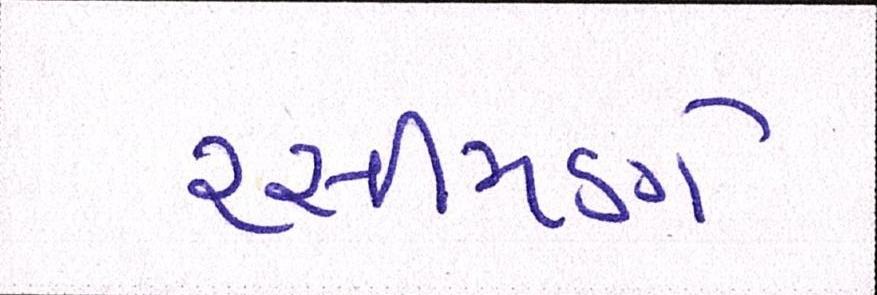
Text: રસીમણે